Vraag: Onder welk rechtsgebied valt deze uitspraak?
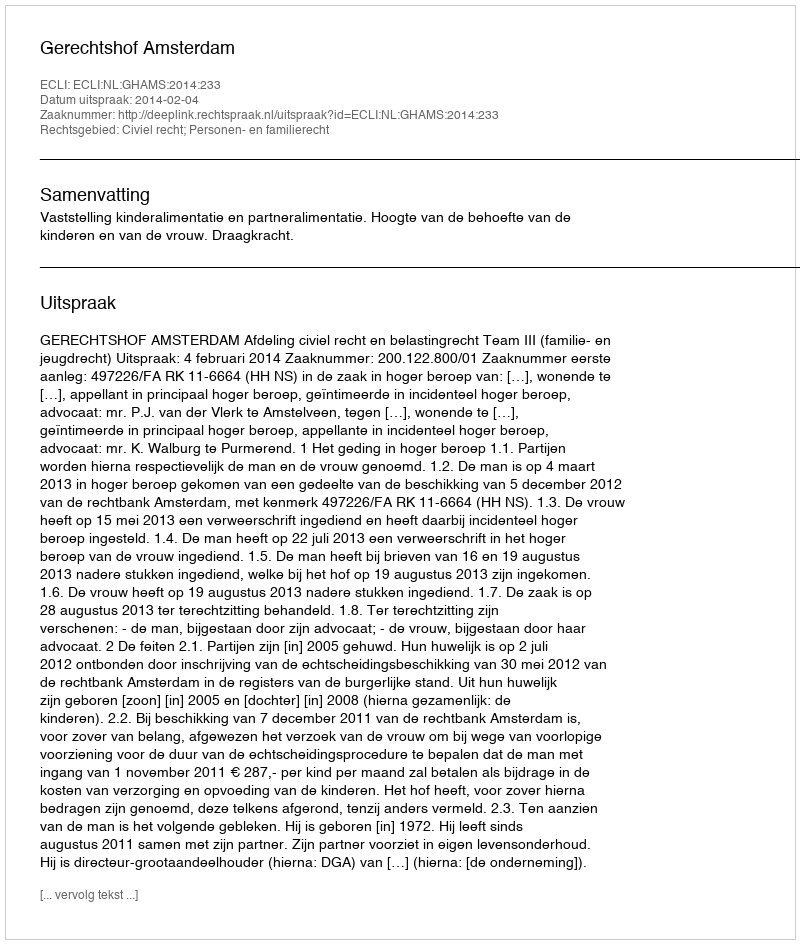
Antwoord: Civiel recht; Personen- en familierecht